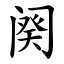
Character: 阕